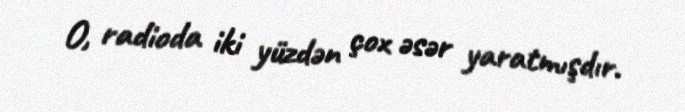
O, radioda iki yüzdən çox əsər yaratmışdır.